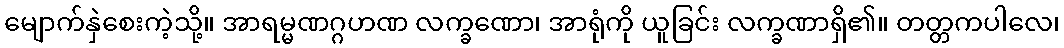
မျောက်နှဲစေးကဲ့သို့။ အာရမ္မဏဂ္ဂဟဏ လက္ခဏော၊ အာရုံကို ယူခြင်း လက္ခဏာရှိ၏။ တတ္တကပါလေ၊